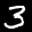
Label: 3